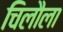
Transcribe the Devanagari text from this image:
चिलौला